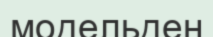
модельден